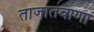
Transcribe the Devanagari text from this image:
ताजातवाणा